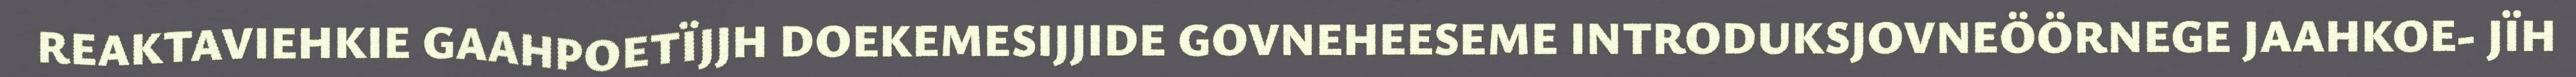
REAKTAVIEHKIE GAAHPOETÏJJH DOEKEMESIJJIDE GOVNEHEESEME INTRODUKSJOVNEÖÖRNEGE JAAHKOE- JÏH